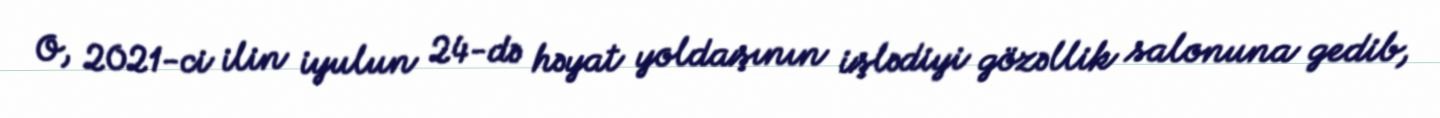
O, 2021-ci ilin iyulun 24-də həyat yoldaşının işlədiyi gözəllik salonuna gedib,